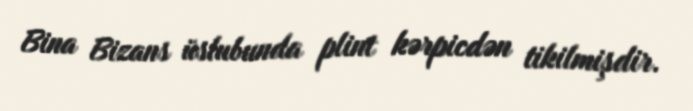
Bina Bizans üslubunda plint kərpicdən tikilmişdir.